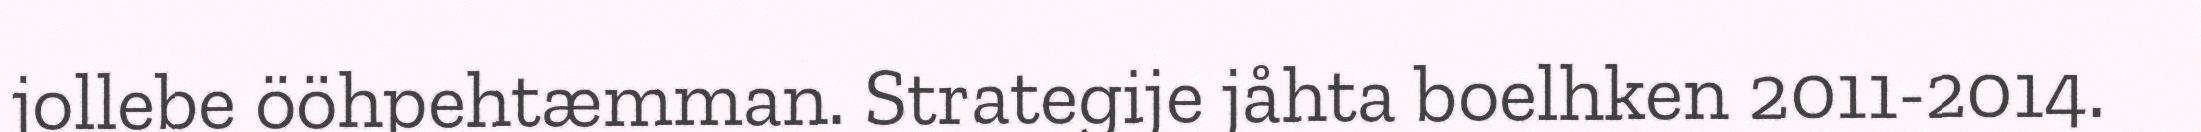
jollebe ööhpehtæmman. Strategije jåhta boelhken 2011-2014.